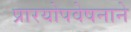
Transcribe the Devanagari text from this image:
प्रारयोपवेषनाने